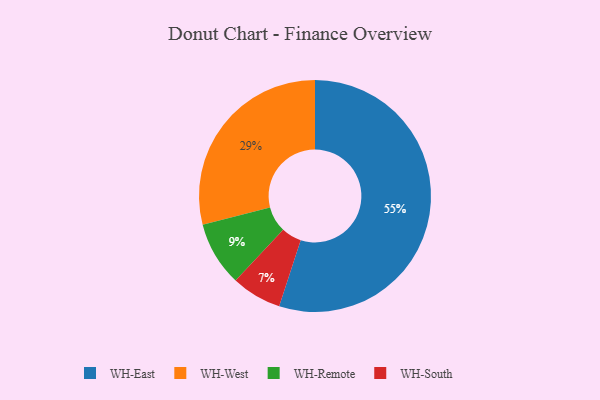
{"axis": {"x": "Category", "y": "Percentage"}, "legend": ["WH-East", "WH-Remote", "WH-South", "WH-West"], "data": [{"x": "WH-Remote", "y": 9, "type": "WH-Remote"}, {"x": "WH-East", "y": 55, "type": "WH-East"}, {"x": "WH-West", "y": 29, "type": "WH-West"}, {"x": "WH-South", "y": 7, "type": "WH-South"}]}